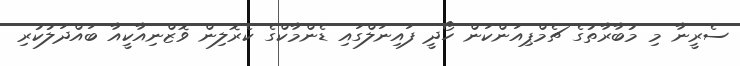
ސެރީނާ މި މުބާރާތުގެ ޗެމްޕިއަންކަން ހޯދީ ފައިނަލްގައި ޑެންމާކްގެ ކެރޮލިން ވޮޒްނިއާކީއާ ބައްދަލުކުރި